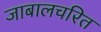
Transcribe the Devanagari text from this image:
जाबालचरित